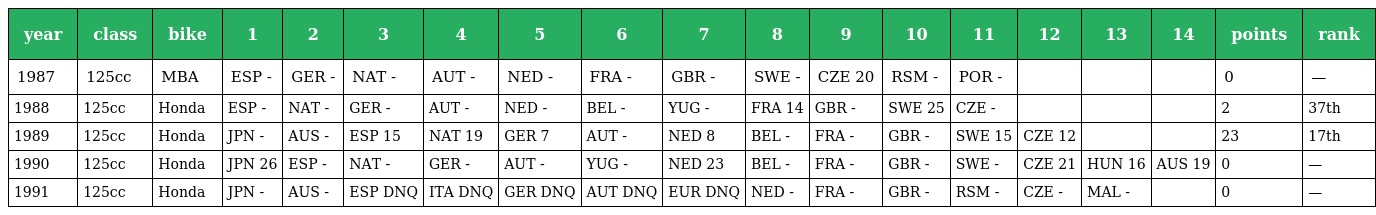
| year | class | bike | 1 | 2 | 3 | 4 | 5 | 6 | 7 | 8 | 9 | 10 | 11 | 12 | 13 | 14 | points | rank |
 | --- | --- | --- | --- | --- | --- | --- | --- | --- | --- | --- | --- | --- | --- | --- | --- | --- | --- | --- |
 | 1987 | 125cc | MBA | ESP - | GER - | NAT - | AUT - | NED - | FRA - | GBR - | SWE - | CZE 20 | RSM - | POR - |  |  |  | 0 | — |
 | 1988 | 125cc | Honda | ESP - | NAT - | GER - | AUT - | NED - | BEL - | YUG - | FRA 14 | GBR - | SWE 25 | CZE - |  |  |  | 2 | 37th |
 | 1989 | 125cc | Honda | JPN - | AUS - | ESP 15 | NAT 19 | GER 7 | AUT - | NED 8 | BEL - | FRA - | GBR - | SWE 15 | CZE 12 |  |  | 23 | 17th |
 | 1990 | 125cc | Honda | JPN 26 | ESP - | NAT - | GER - | AUT - | YUG - | NED 23 | BEL - | FRA - | GBR - | SWE - | CZE 21 | HUN 16 | AUS 19 | 0 | — |
 | 1991 | 125cc | Honda | JPN - | AUS - | ESP DNQ | ITA DNQ | GER DNQ | AUT DNQ | EUR DNQ | NED - | FRA - | GBR - | RSM - | CZE - | MAL - |  | 0 | — |